65_HS1-834228961_62-HQ-83894_Section_1
Agency: FBI
Page 34
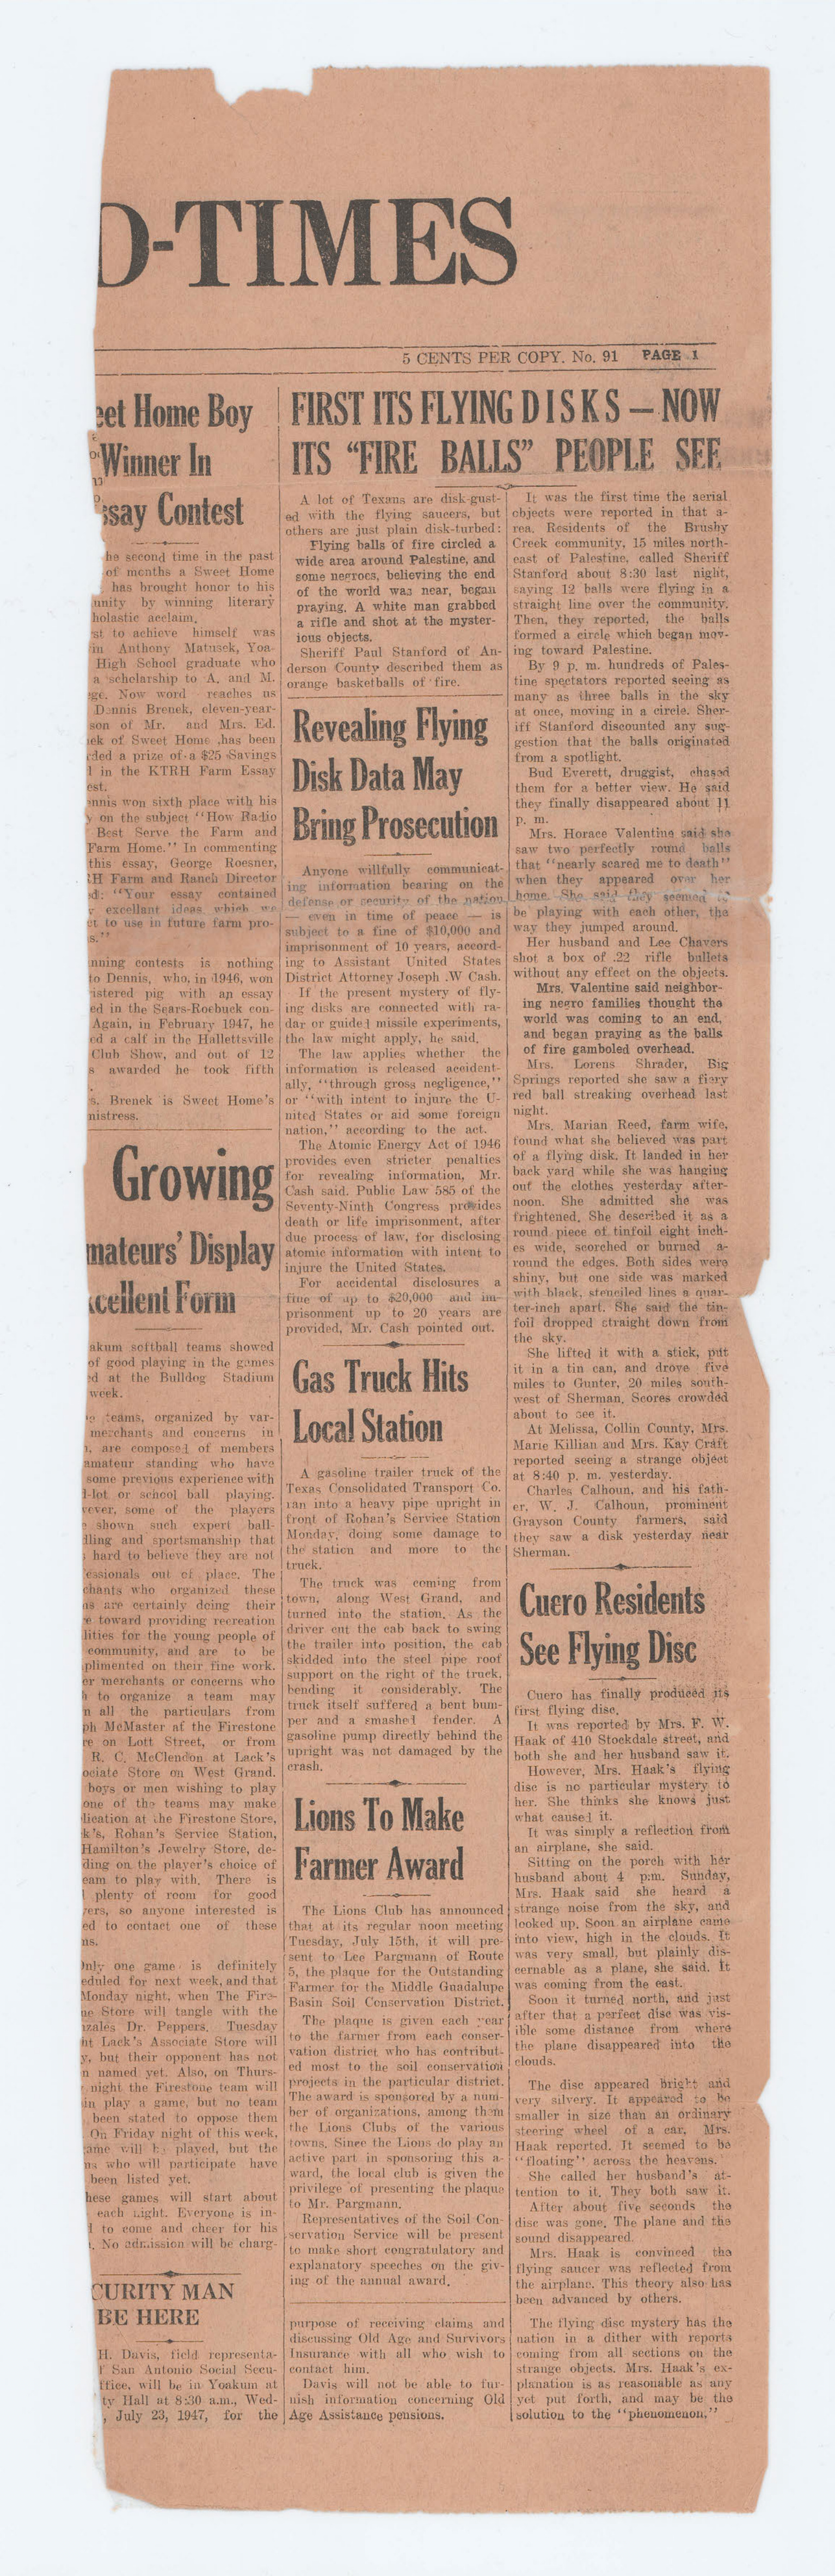